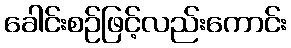
ခေါင်းစဉ်ဖြင့်လည်းကောင်း